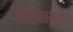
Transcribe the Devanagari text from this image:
पानिपतमधील